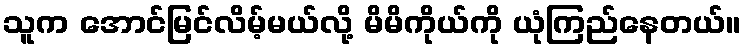
သူက အောင်မြင်လိမ့်မယ်လို့ မိမိကိုယ်ကို ယုံကြည်နေတယ်။